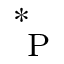
_ \mathrm { ~ P ~ } ^ { * }